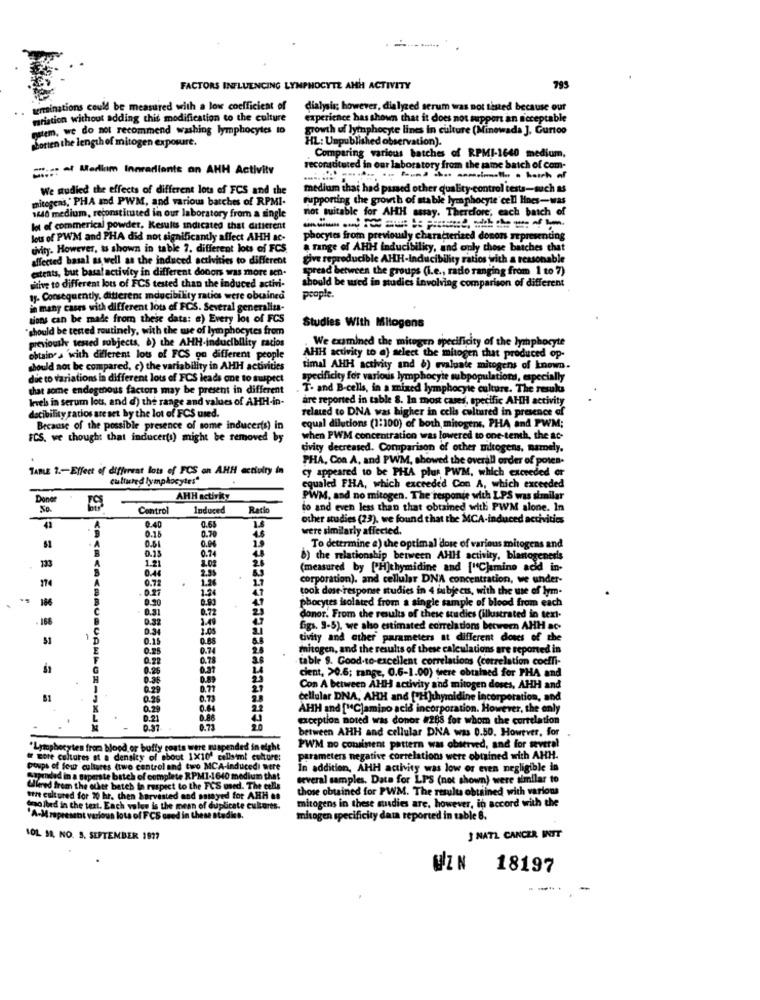
FACTORS INFLUENCING LYMPHOCYTE AHH ACTIVITY
793
terminations could be measured with a low coefficient of
dialysis; however, dialyzed serum was not tisted because our
variation without adding this modification to the culture
experience has shown that it does not support an acceptable
matem, we do not recommend washing lymphocytes to
growth uf lymphocyte lines in culture (Minewada ]. Gurtoo
HL: Unpublished observation).
botten the length of mitogen exposure.
Comparing various batches of RPMI-1640 medium,
=:: a Mediam Innradiante an AHH Activity
reconstituted in our laboratory from the same batch of com-
We studied the effects of different lots of FCS and the
medium that had passed other quality-control tests-such as
mitogens," PHA and PWM, and various batches of RPMI-
Supporting the growth of stable lymphocyte cell lines-was
not suitable for AHH assay. Therefore, each batch of
sedo medium, reconstituted in our laboratory from a single
lot of commerical powder, Results indicated that ditterent
lots of PWM and PHA did not significantly affect AHH ac-
phocytes from previously characterized donors representing
tivity. However, ts shown in table ?. different lots of FCS.
a range of AHH inducibility, and only those batches that
affected basal as well as the induced activities to different
give reproducible AHH-Inducibility ratios with a reasonable
extents, but basal activity in different donors was more sen-
spread between the groups (i.e ., radlo ranging from 1 to 7)
should be wred in studies involving comparison of different
stive to different lots of FCS tested than the induced activi-
people.
1. Consequently, different mducibility ratios were obtained
in many cases with different lots of FCS. Several generaliza-
tions can be made from these data: #) Every los of FCS
"should be tested routinely, with the we of lymphocytes from
Studies With Mitogens
previously tested subjects, b) the AHH-inducibility racios
We examined the mitgen specificity of the lymphocyte
obtain a 'with different lot of FCS on different people
AHH activity to a) select the mitogen that produced op-
should not be compared, c) the variability in AHH activities
timal AHH activity and &) evaluate mitogens of known.
due to variations la different lots of FCS leads one to suspect
specificity for various lymphocyte subpopulations, especially
that some endogenous factors may be present in different
T- and B-cells, in a mixed lymphocyte culture. The results
levels in serum lou, and d) the range and values of AHH-in-
are reported in table 8. In most cases, specific AHH activity
decibility ratios are set by the lot of FCS used.
related to DNA was higher in cells culinred in presence of
equal dilutions (1:100) of both mitogens. PHA and PWM;
Because of the possible presence of some inducerts) in
FCS, we thought that inducerts) might be removed by
when PWM concentration was lowered to one-tenth, the at-
tivity decreased. Comparison of other mdrogens, namely.
PHA, Con A, and PWM, showed the overall order of poten-
TABLE 2 .- Effect of different lots of FCS on AHH activity in
cy appeared to be PHA plus PWM, which exceeded or
cultured lymphocytes"
equaled FHA, which exceeded Con A, which exceeded
Donor
AHH activity
PWM, and no mitogen. The responie with LPS was similar
50.
Control
Induced
Ratio
to and even less than that obtained with PWM alone. In
other studies (23). we found that the MCA-induced activities
41
0.40
0.70
were similarly affected.
0.15
0.15
0.51
0.74
To determine a) the optimal dose of various mitogens and
133
1.21
2.02
b) the relationship between AHH activity, blantogeneris
2.3%
(measured by [ H]thymidine and ["Cjamino acid in-
174
0.44
corporation). and cellular DNA concentration, we under-
0.27
1.2
took dose response studies in 4 subjects, with the use of lym-
186
0.20
9.93
phocytes isolated from a single sample of blood from each
0.72
- 168
0.32
2.49
donor. From the results of these studies (illustrated in text-
0.34
1.00
figs. 9-5). we also estimated correlations between AHH ac-
31
1
0.15
0.88
tivity and other parameters at different doses of the
0.25
0.74
mitogen, and the results of these calculations are reported in
0.22
table 9. Good-to-excellent correlations (correlation coeffi-
0.25
0.37
cient, >0.6; range, 0.6-1.00) drere obtained for PHA and
H
0.36
0.77
27
Con A between AHH activity and mitogen doses, AHH and
81
0.73
cellular DNA, AHH and [ H]thymidine incorporation, and
0.64
AHH and ["C]amino acid incorporation. However, the only
0.21
exception noted was donor #288 for whom the correlation
0.37
between AHH and cellular DNA was 0.50. However, for
*Lymphocytes from blood or buffy coats were muspended in eight
PWM no consinent pattern was observed, and for several
of Lore cultures at a density of about 1X10" cellsiml culture:
parameters negative correlations were obtained with AHH.
poupa of four cultures (two control and two MCA-Inducedi Bere
-inducedi We
In addition, AHH activity was low or even negligible in
supended in a superste batch of complete RPM1-1640 medium that
several samples. Data for LPS (not shown) were similar to
Wiered from the other batch in respect to the FCS used. The cells
those obtained for PWM. The results obtained with various
thre cultured for 20 hr. then harvested and sstayed for AHH #8
mitogens in these musdies are, however, in accord with the
(mo Ihed in the text. Each vales is the mean of duplicate cultores.
present various lots of FCS cred in these nt
misogen specificity data reported in table 8.
IOL 18, NO. 3. SEPTEMBER 1977
J NATL CANCER INIT
UZN
18197
-